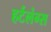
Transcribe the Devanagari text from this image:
हर्टलंग्स